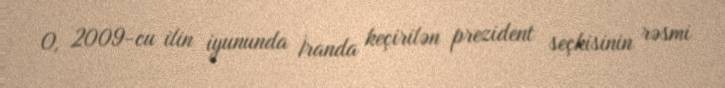
O, 2009-cu ilin iyununda İranda keçirilən prezident seçkisinin rəsmi